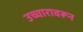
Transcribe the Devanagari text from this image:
उच्चारावरून